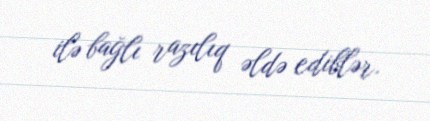
ilə bağlı razılıq əldə ediblər.